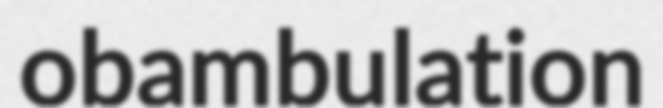
obambulation